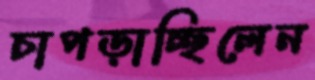
চাপড়াচ্ছিলেন